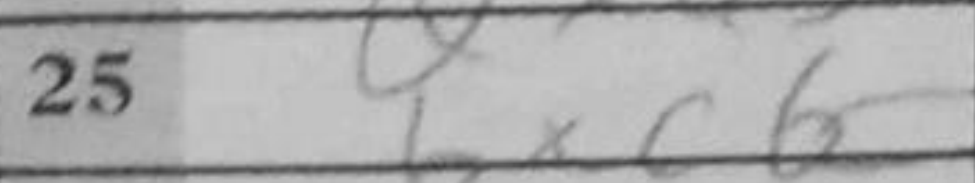
Transcription: bxc6